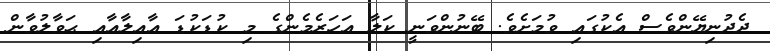
ދެދުނިޔޭންވެސް އެކުގައި ވުމަށެވެ. ބޭނުންވަނީ ކަލާ އަހަރެމެންގެ މި ކުޑަކުޑަ އާއިލާއާއި ޙަވާލުވާން